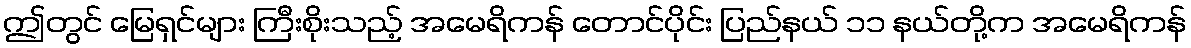
ဤတွင် မြေရှင်များ ကြီးစိုးသည့် အမေရိကန် တောင်ပိုင်း ပြည်နယ် ၁၁ နယ်တို့က အမေရိကန်